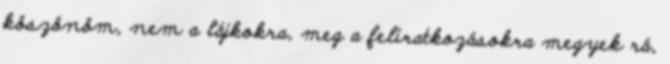
köszönöm, nem a lájkokra, meg a feliratkozásokra megyek rá,